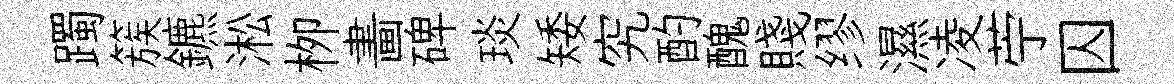
躅簇鑣淞栁畵碑琰矮究酌醜賤缪濕凌苧囚